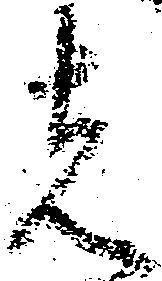
者